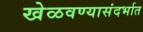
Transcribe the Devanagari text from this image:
खेळवण्यासंदर्भात